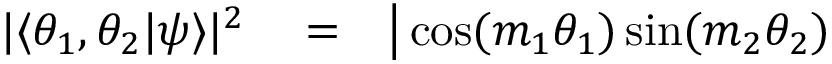
\begin{array} { r l r } { | \langle \theta _ { 1 } , \theta _ { 2 } | \psi \rangle | ^ { 2 } } & { { } = } & { \big | \cos ( m _ { 1 } \theta _ { 1 } ) \sin ( m _ { 2 } \theta _ { 2 } ) } \end{array}